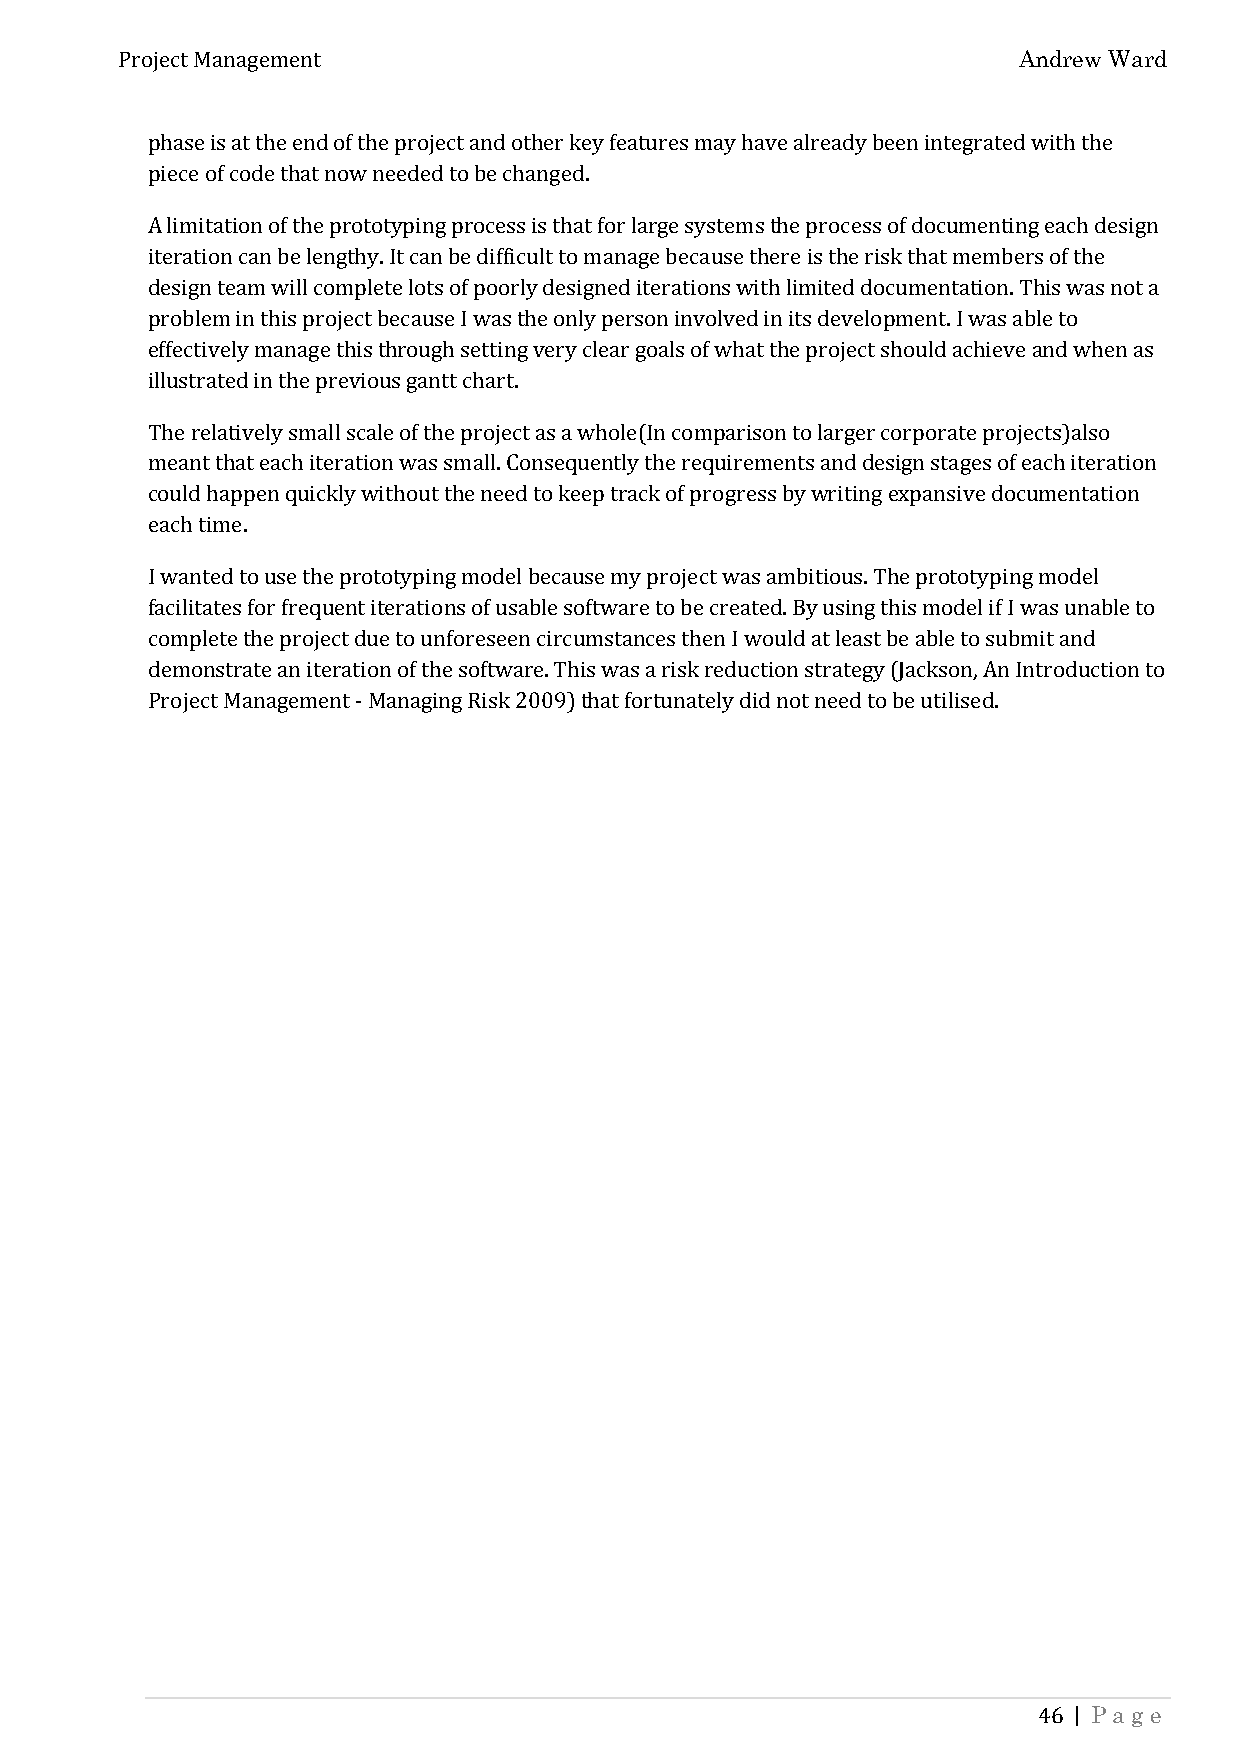
Andrew Ward
 Project Management
 phase is at the end of the project and other key features may have already been integrated with the
 piece of code that now needed to be changed.
 A limitation of the prototyping process is that for large systems the process of documenting each design
 iteration can be lengthy. It can be difficult to manage because there is the risk that members of the
 design team will complete lots of poorly designed iterations with limited documentation. This was not a
 problem in this project because I was the only person involved in its development. I was able to
 effectively manage this through setting very clear goals of what the project should achieve and when as
 illustrated in the previous gantt chart.
 The relatively small scale of the project as a whole(In comparison to larger corporate projects)also
 meant that each iteration was small. Consequently the requirements and design stages of each iteration
 could happen quickly without the need to keep track of progress by writing expansive documentation
 each time.
 I wanted to use the prototyping model because my project was ambitious. The prototyping model
 facilitates for frequent iterations of usable software to be created. By using this model if I was unable to
 complete the project due to unforeseen circumstances then I would at least be able to submit and
 demonstrate an iteration of the software. This was a risk reduction strategy (Jackson, An Introduction to
 Project Management - Managing Risk 2009) that fortunately did not need to be utilised.
 | Page
 46